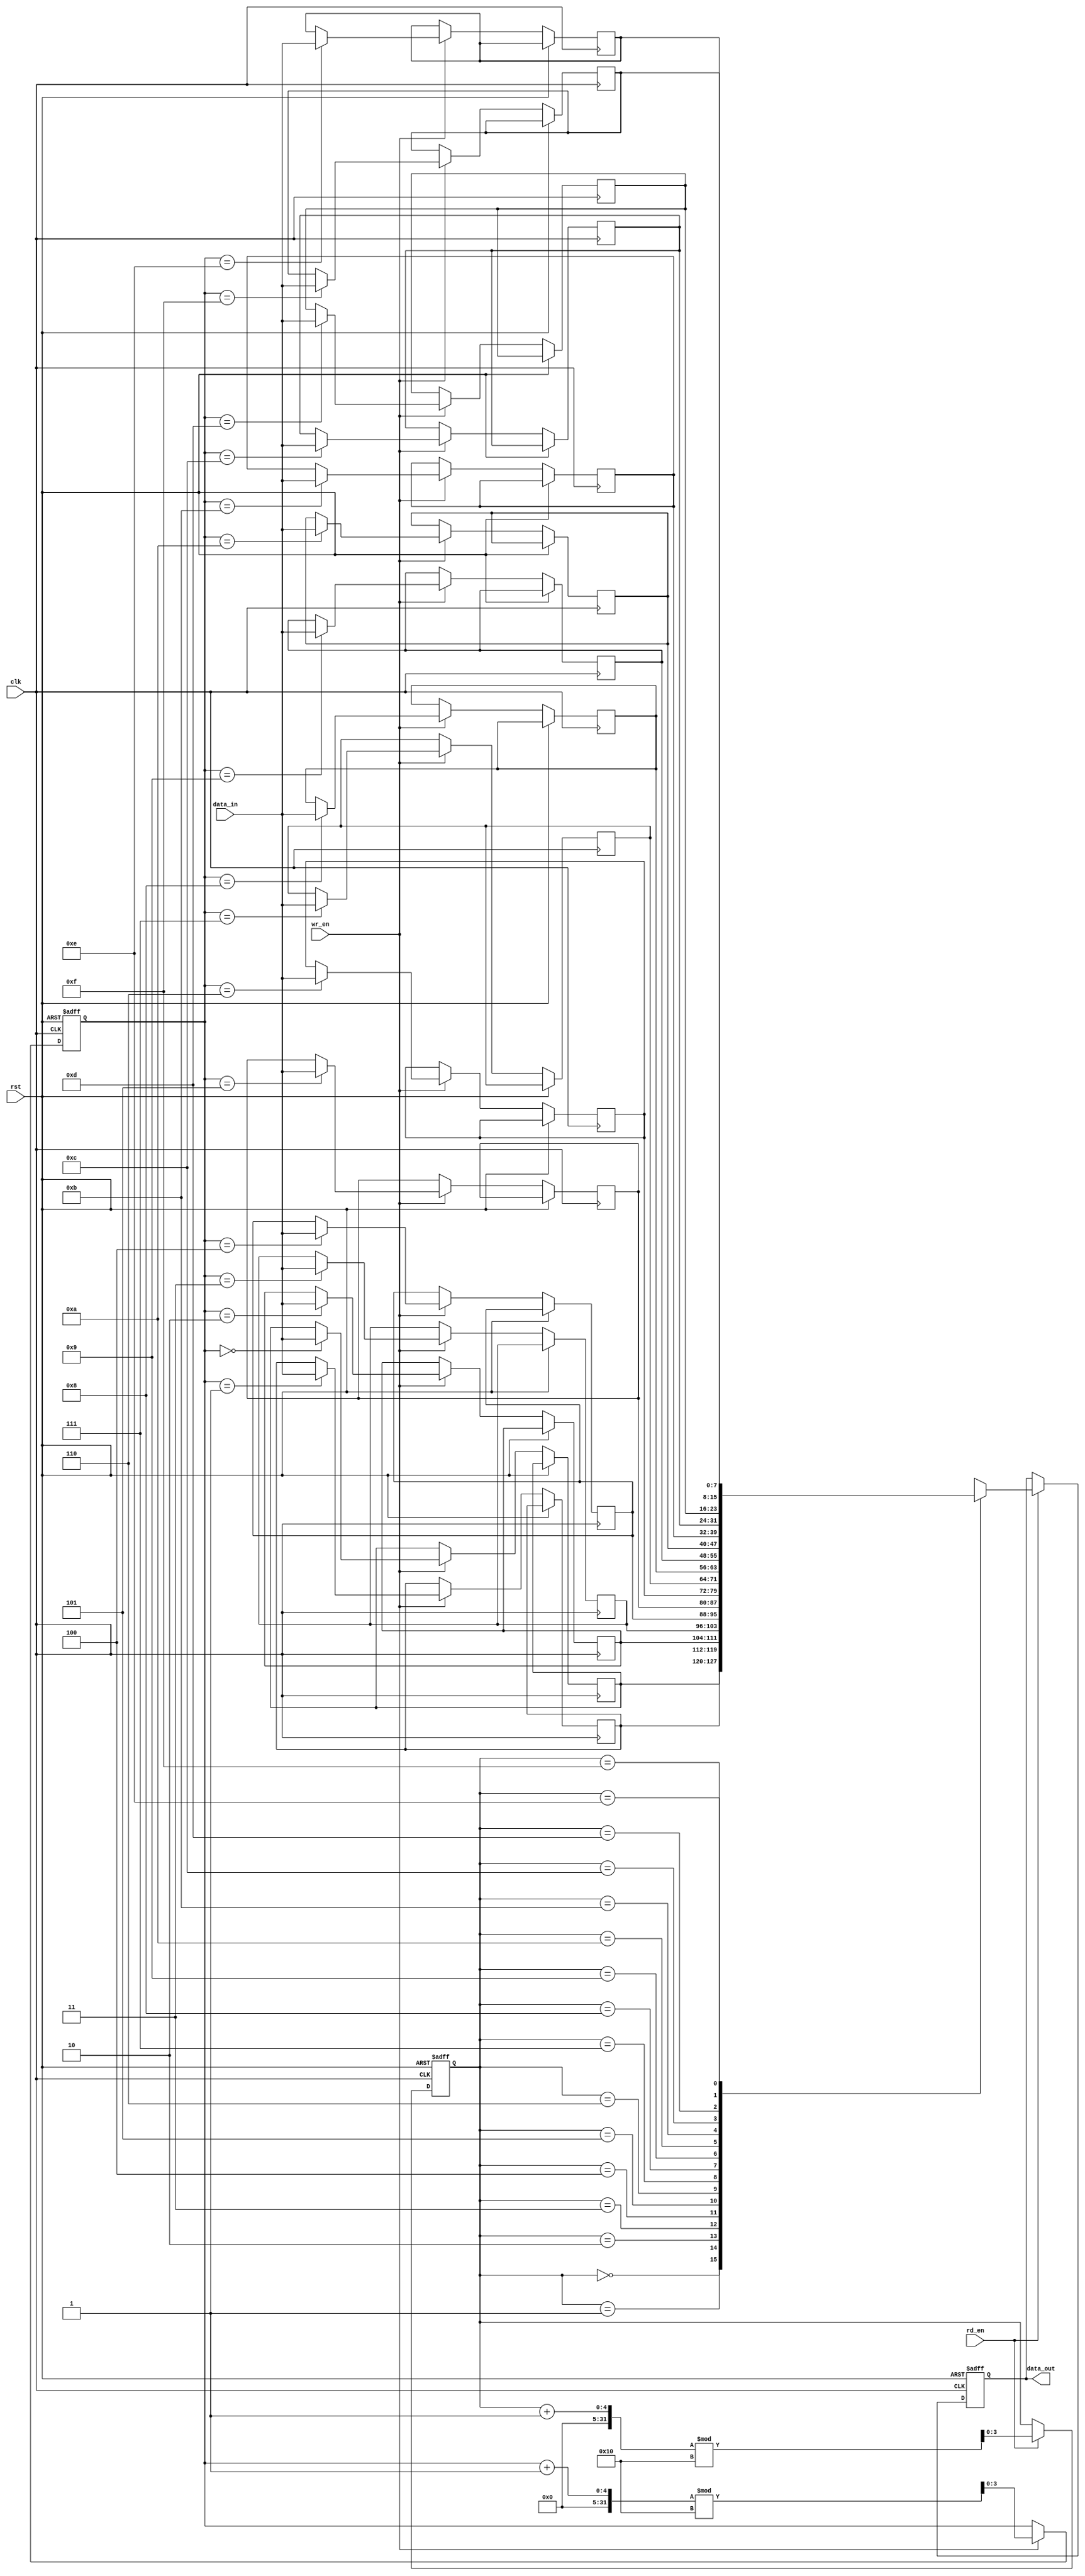
module gray_fifo (
    input wire clk,
    input wire rst,
    input wire wr_en,
    input wire rd_en,
    input wire [DATA_WIDTH-1:0] data_in,
    output reg [DATA_WIDTH-1:0] data_out
);

parameter DATA_WIDTH = 8;
parameter ADDR_WIDTH = $clog2(DEPTH);
parameter DEPTH = 16;

reg [ADDR_WIDTH-1:0] gray_addr;
reg [ADDR_WIDTH-1:0] wr_ptr;
reg [ADDR_WIDTH-1:0] rd_ptr;

reg [DATA_WIDTH-1:0] memory [0:DEPTH-1];

always @ (posedge clk or posedge rst) begin
    if (rst) begin
        gray_addr <= {ADDR_WIDTH{1'b0}};
        wr_ptr <= {ADDR_WIDTH{1'b0}};
        rd_ptr <= {ADDR_WIDTH{1'b0}};
        data_out <= {DATA_WIDTH{1'b0}};
    end else begin
        if (wr_en) begin
            memory[gray_addr] <= data_in;
            wr_ptr <= gray_addr;
            gray_addr <= (gray_addr + 1) % DEPTH;
        end
        
        if (rd_en) begin
            data_out <= memory[rd_ptr];
            rd_ptr <= (rd_ptr + 1) % DEPTH;
        end
    end
end

endmodule